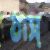
ঠাস্